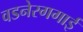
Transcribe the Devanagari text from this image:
वडनेरगगाई